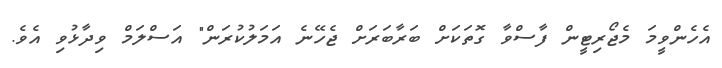
އެހެންވީމަ މެޖޯރިޓީން ފާސްވާ ގޮތަކަށް ބަރާބަރަށް ޖެހޭނެ އަމަލުކުރަން" އަސްލަމް ވިދާޅުވި އެވެ.